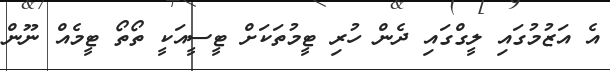
އެ އަޒުމުގައި ލީގްގައި ދެން ހުރި ޓީމުތަކަށް ޓީސީއަކީ ތޯތޯ ޓީމެއް ނޫން